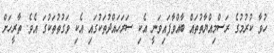
ހުވާ ކުުރުމުގެ ރަސްމިއްޔާތުތައް ބާއްވާފައިވަނީ އެކި ސަރަހައްދުތަކުގައި އެކި ވަގުތުތަކުގަ އެވެ. ތާރީހަށް